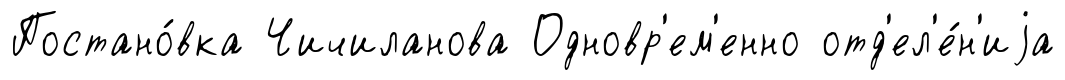
Постано́вка Чичиланова Одновр'ем'енно отд'ел'е́н'иjа